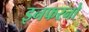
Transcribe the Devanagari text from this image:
इनफरनो